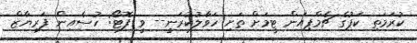
ކުރަމަތި ކަޕުގެ ޗެމްޕިއަން ޓީމަށް ތަށި ހަވާލުކުރަނީ-- ވީ ފޮޓޯ: ހުސެއިން ފަރިޔާޒް